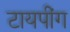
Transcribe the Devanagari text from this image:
टायपींग